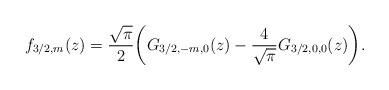
LaTeX: \begin{align*}f_{3/2,m}(z) = \frac{\sqrt{\pi}}{2}\biggl(G_{3/2,-m,0}(z) - \frac{4}{\sqrt{\pi}}G_{3/2,0,0}(z)\biggr).\end{align*}